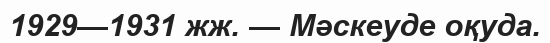
1929—1931 жж. — Мәскеуде оқуда.